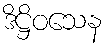
ဒိဋ္ဌိဝသေန